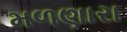
મળણારા